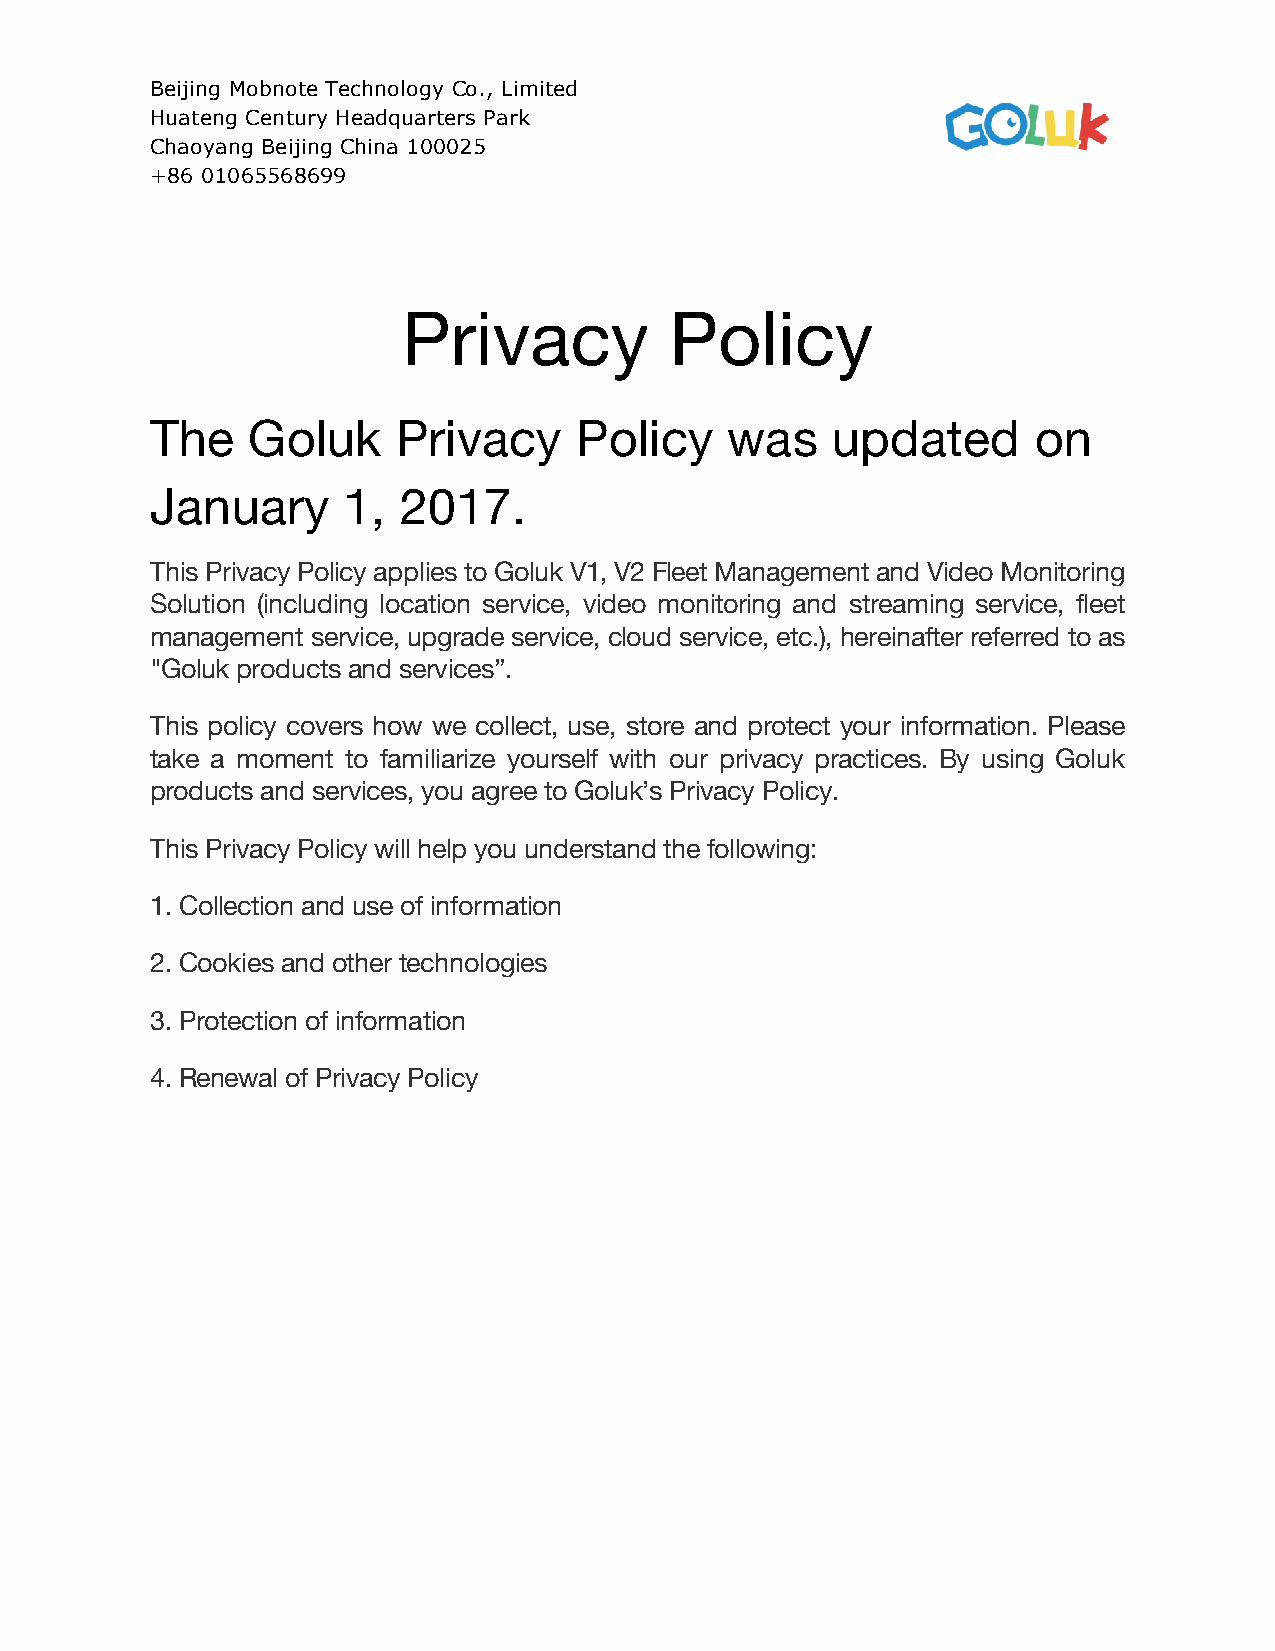
Beijing Mobnote Technology Co., Limited
 Huateng Century Headquarters Park
 Chaoyang Beijing China 100025
 +86 01065568699
 Privacy          Policy
 The   Goluk     Privacy     Policy    was    updated       on
 January      1, 2017.
 This Privacy Policy applies to Goluk V1, V2 Fleet Management and Video Monitoring
 Solution (including location service, video monitoring and streaming service, fleet
 management service, upgrade service, cloud service, etc.), hereinafter referred to as
 "Goluk products and services”.
 This policy covers how we collect, use, store and protect your information. Please
 take a moment to familiarize yourself with our privacy practices. By using Goluk
 products and services, you agree to Goluk’s Privacy Policy.
 This Privacy Policy will help you understand the following:
 1. Collection and use of information
 2. Cookies and other technologies
 3. Protection of information
 4. Renewal of Privacy Policy